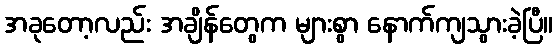
အခုတော့လည်း အချိန်တွေက များစွာ နောက်ကျသွားခဲ့ပြီ။